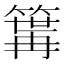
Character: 𥱎